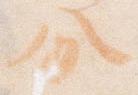
分